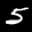
Label: 5